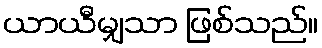
ယာယီမျှသာ ဖြစ်သည်။